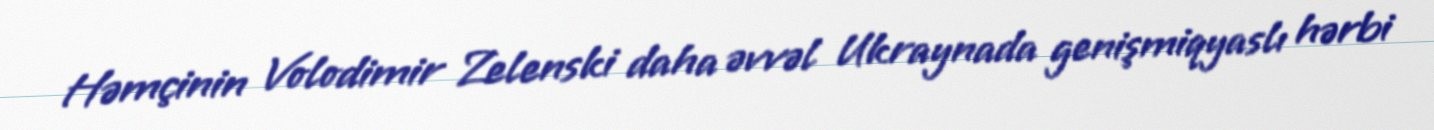
Həmçinin Volodimir Zelenski daha əvvəl Ukraynada genişmiqyaslı hərbi